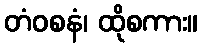
တံဝစနံ၊ ထိုစကား။